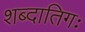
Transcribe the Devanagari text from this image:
शब्दातिगः